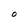
Character: O